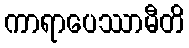
ကာရာပေဿာမီတိ